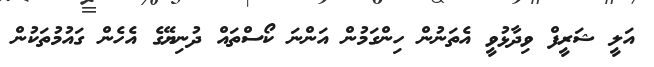
އަލީ ޝަރީފް ވިދާޅުވީ އެތަނުން ހިންގަމުން އަންނަ ކޯސްތައް ދުނިޔޭގެ އެހެން ގައުމުތަކުން